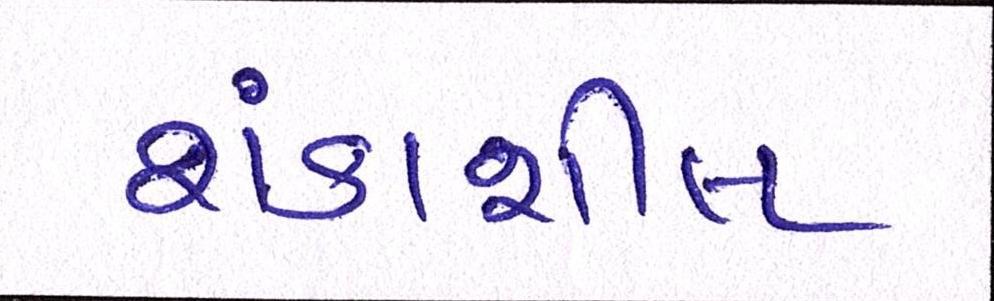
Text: શંકાશીલ